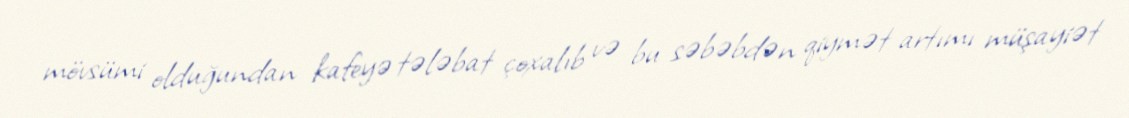
mövsümi olduğundan kafeyə tələbat çoxalıb və bu səbəbdən qiymət artımı müşayiət